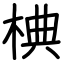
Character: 椣